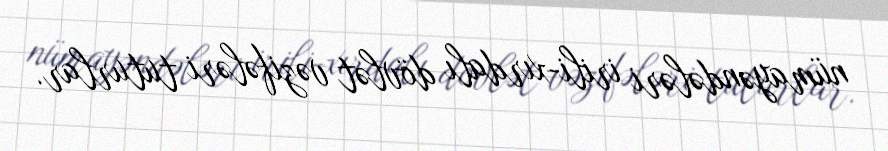
nümayəndələri irili-xırdalı dövlət vəzifələri tuturlar.